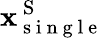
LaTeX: \mathbf{x}_{\mathrm{~s~i~n~g~l~e~}}^{\mathrm{~S~}}